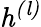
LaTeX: \mathit{h^{(l)}}